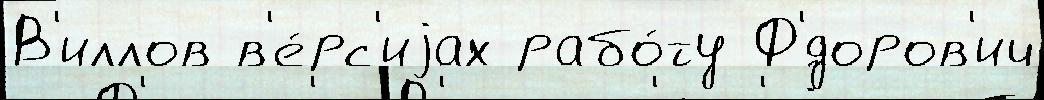
В'иллов в'е́рс'иjах рабо́ту Ф'́доров'ич